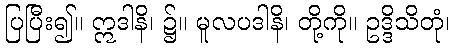
ပြပြီး၍။ ဣဒါနိ၊ ၌။ မူလပဒါနိ၊ တို့ကို။ ဥဒ္ဒိသိတုံ၊